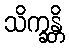
သိက္ခန္တိ